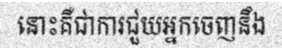
នោះគឺជាការជួយអ្នកចេញនឹង